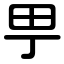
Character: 甼